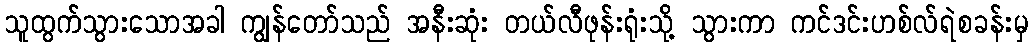
သူထွက်သွားသောအခါ ကျွန်တော်သည် အနီးဆုံး တယ်လီဖုန်းရုံးသို့ သွားကာ ကင်ဒင်းဟစ်လ်ရဲစခန်းမှ